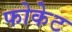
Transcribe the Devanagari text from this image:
फोकेट